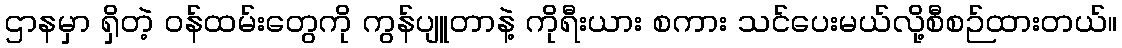
ဌာနမှာ ရှိတဲ့ ဝန်ထမ်းတွေကို ကွန်ပျူတာနဲ့ ကိုရီးယား စကား သင်ပေးမယ်လို့စီစဉ်ထားတယ်။